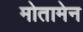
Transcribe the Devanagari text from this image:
मोतामेन